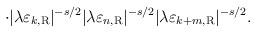
LaTeX: \begin{align*}\cdot |\lambda \varepsilon_{k, \rm R}|^{-s/2}|\lambda \varepsilon_{n, \rm R}|^{-s/2}|\lambda \varepsilon_{k+m, \rm R}|^{-s/2}.\end{align*}